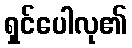
ရှင်ပေါလု၏